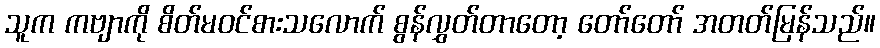
သူက ကဗျာကို စိတ်မဝင်စားသလောက် စွန်လွှတ်တာတော့ တော်တော် အတတ်မြန်သည်။